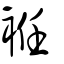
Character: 袵